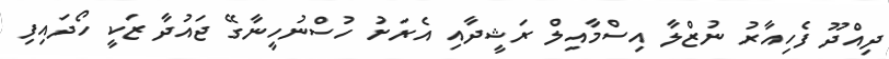
ދިއްދޫ ފެހިއާރު ނުޒްލާ އިސްމާއިލް ރަޝީދާއި އެރަށު ހުސްނުހީނާގޭ ޖައުދާ ޒަކީ ހޯދައިފި